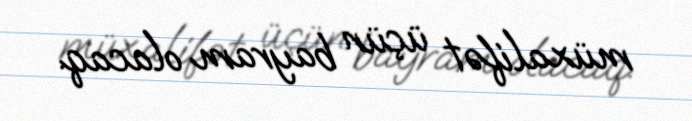
müxalifət üçün bayram olacaq.